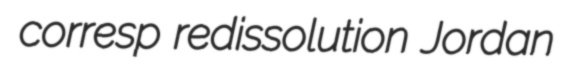
corresp redissolution Jordan